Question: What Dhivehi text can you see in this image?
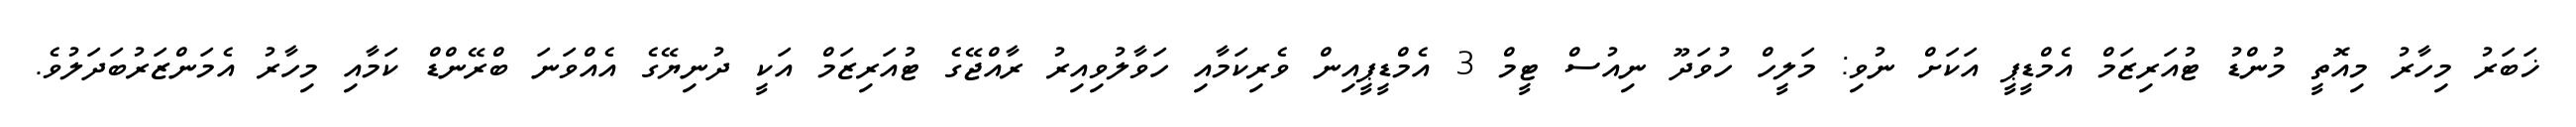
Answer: ޚަބަރު މިހާރު މިއޮތީ މުންޑު ޓުއަރިޒަމް އެމްޑީޕީ އަކަށް ނުވި: މަލީހް ހުވަދޫ ނިއުސް ޓީމް 3 އެމްޑީޕީއިން ވެރިކަމާއި ހަވާލުވިއިރު ރާއްޖޭގެ ޓުއަރިޒަމް އަކީ ދުނިޔޭގެ އެއްވަނަ ބްރޭންޑް ކަމާއި މިހާރު އެމަންޒަރުބަދަލުވެ.